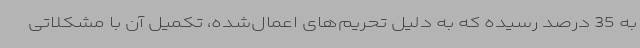
به 35 درصد رسیده که به ‌دلیل تحریم‌های اعمال‌شده، تکمیل آن با مشکلاتی